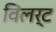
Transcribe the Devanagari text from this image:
विलर्ट